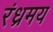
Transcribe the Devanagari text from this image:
रंध्रमय